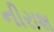
નીરાશ